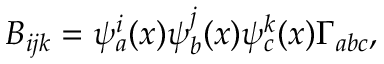
B _ { i j k } = \psi _ { a } ^ { i } ( x ) \psi _ { b } ^ { j } ( x ) \psi _ { c } ^ { k } ( x ) \Gamma _ { a b c } ,